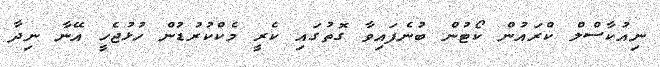
ނިއުކާސްލް ކްރައުން ކޯޓުން ބުނެފައިވާ ގޮތުގައި ކެރީ މެކްކުރުޑުން ހުޅުޖެހީ އޭނާ ނިދާ